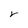
Character: r